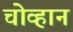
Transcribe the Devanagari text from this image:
चोव्हान